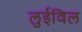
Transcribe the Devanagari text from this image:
लुईविल